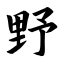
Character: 野